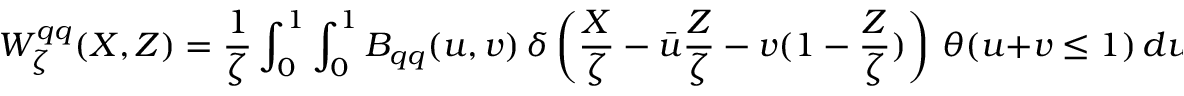
W _ { \zeta } ^ { q q } ( X , Z ) = \frac 1 { \zeta } \int _ { 0 } ^ { 1 } \int _ { 0 } ^ { 1 } B _ { q q } ( u , v ) \, \delta \left( \frac { X } { \zeta } - \bar { u } \frac { Z } { \zeta } - v ( 1 - \frac { Z } { \zeta } ) \right) \, \theta ( u + v \leq 1 ) \, d u \, d v \, .